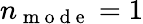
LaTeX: n_{\mathrm{~m~o~d~e~}}=1